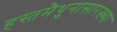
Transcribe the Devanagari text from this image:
हस्तमैथुनासारख्या